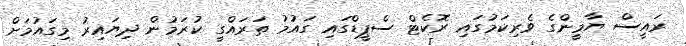
ރައީސް ޔާމީންގެ ވެރިކަމުގައި ރޮކެޓް ސްޕީޑްގައި ގައުމު ތަރައްގީ ކުރަމުން ދިޔައިރު މިގައުމަށް